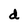
Character: d